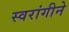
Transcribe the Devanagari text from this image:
स्वरांगीने